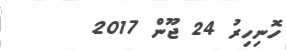
ހޮނިހިރު 24 ޖޫން 2017